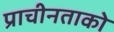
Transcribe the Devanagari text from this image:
प्राचीनताको